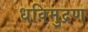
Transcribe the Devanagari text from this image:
धविमुद्रण